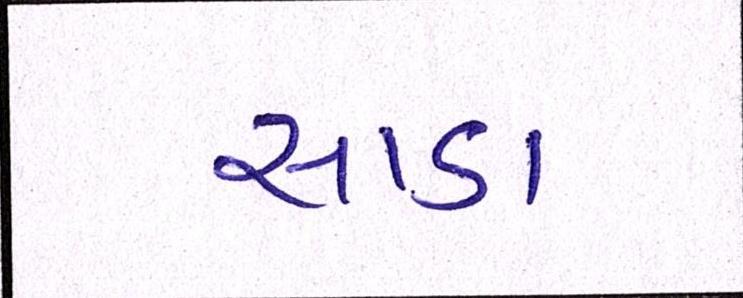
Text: સાડા